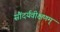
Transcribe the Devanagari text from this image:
सौंदर्यवीक्षणम्